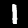
Digit: 1